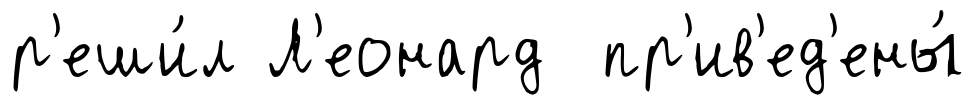
р'еши́л Л'еонард пр'ив'ед'ены́